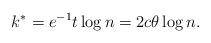
LaTeX: \begin{align*}k^{\ast} = e^{-1} t \log n = 2 c \theta \log n.\end{align*}